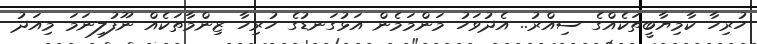
ހުރިހާ ކާމިޔާބީތަކެއްގެ ސިއްރު.. އެދުވަހު މަންމަމެން އަޅުގަނޑުގެ ހުރިހާ ޒިންމާތަކެއް ނޫފުލިނަމަ މިއަދު